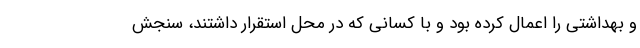
و بهداشتی را اعمال کرده بود و با کسانی که در محل استقرار داشتند، سنجش